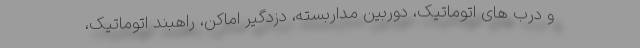
و درب های اتوماتیک، دوربین مداربسته، دزدگیر اماکن، راهبند اتوماتیک،